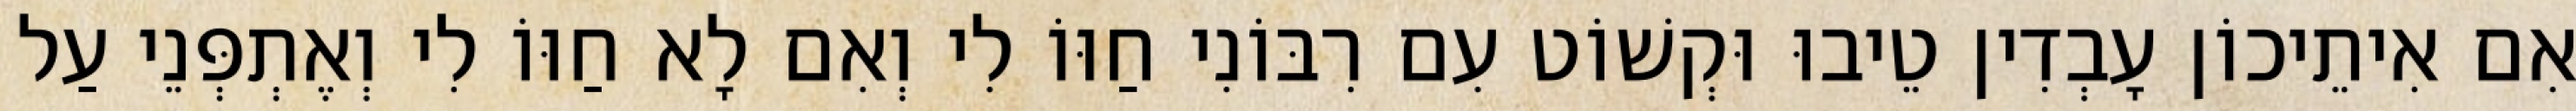
אִם אִיתֵיכוֹן עָבְדִין טֵיבוּ וּקְשׁוֹט עִם רִבּוֹנִי חַוּוֹ לִי וְאִם לָא חַוּוֹ לִי וְאֶתְפְּנֵי עַל